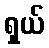
ရှယ်